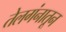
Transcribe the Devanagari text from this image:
तेलगंनातून